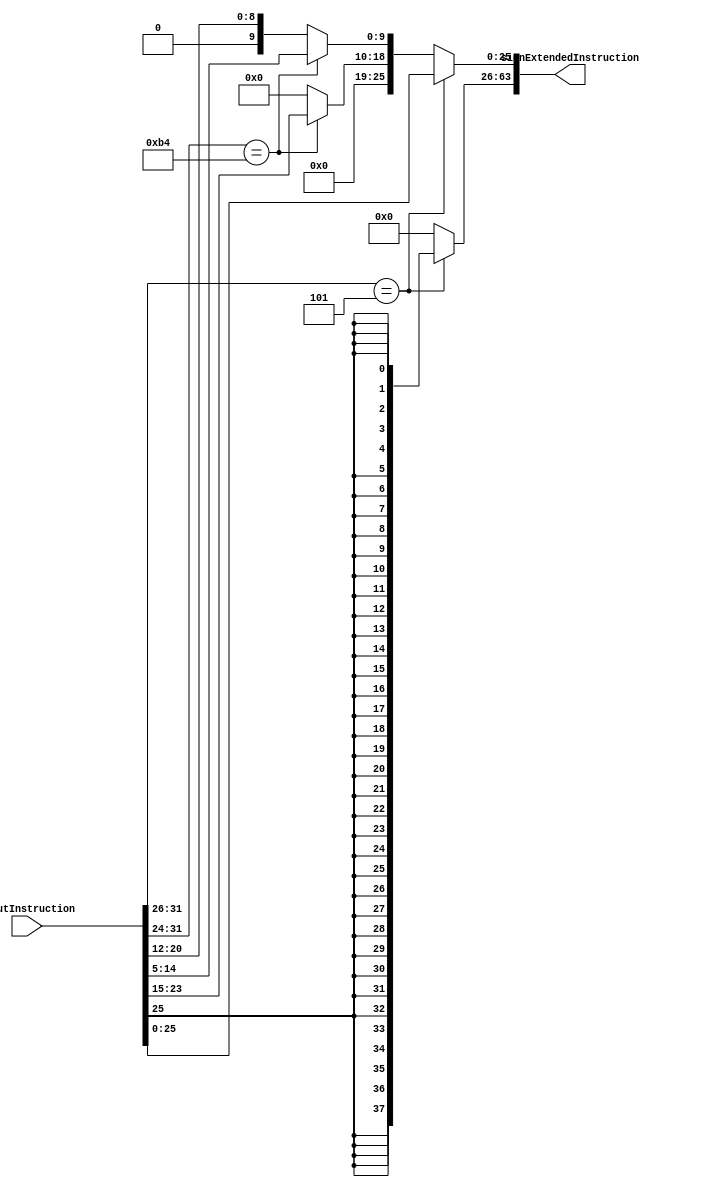
// This program was cloned from: https://github.com/ronitrex/ARMLEG
// License: GNU General Public License v3.0

module SignExtend
(
	input [31:0] inputInstruction,
	output reg [63:0] signExtendedInstruction
);

	always @(*) begin
		if (inputInstruction[31:26] == 6'b000101) begin // B
			signExtendedInstruction[25:0] = inputInstruction[25:0];
			signExtendedInstruction[63:26] = {63{signExtendedInstruction[25]}};

		end else if (inputInstruction[31:24] == 8'b10110100) begin // CBZ
			signExtendedInstruction[19:0] = inputInstruction[23:5];
			signExtendedInstruction[63:20] = {63{signExtendedInstruction[19]}};

		end else begin // D Type
			signExtendedInstruction[9:0] = inputInstruction[20:12];
			signExtendedInstruction[63:10] = {63{signExtendedInstruction[9]}};
		end
	end
endmodule